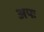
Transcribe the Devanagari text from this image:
अपः